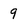
Character: 9